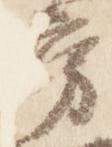
房